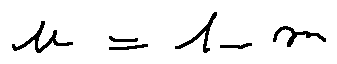
u = 1 - m